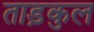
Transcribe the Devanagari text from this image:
ताड़कुल